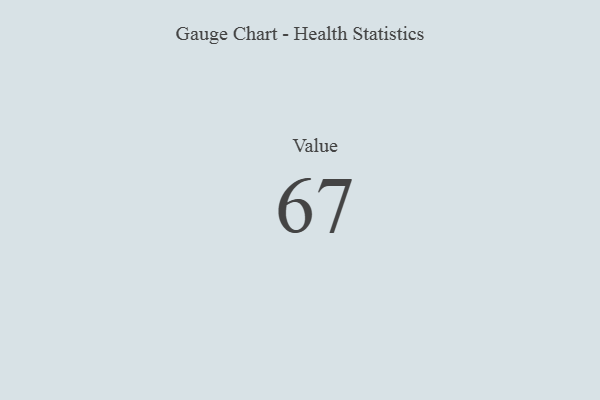
{"axis": {"x": "Metric", "y": "Value"}, "legend": [""], "data": [{"x": "Value", "y": 67, "type": ""}]}